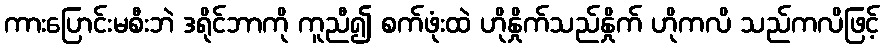
ကားပြောင်းမစီးဘဲ ဒရိုင်ဘာကို ကူညီ၍ စက်ဖုံးထဲ ဟိုနှိုက်သည်နှိုက် ဟိုကလိ သည်ကလိဖြင့်